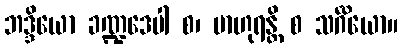
ဘဒ္ဒိယော ခဏ္ဍဒေပါ စ၊ ဗာဟုရန္တိ စ သင်္ဂိယော။